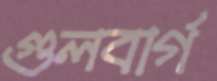
গুলবার্গ